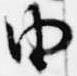
由